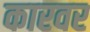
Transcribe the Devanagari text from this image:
कारवर